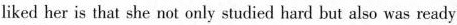
liked her is that she not only studied hard but also was ready